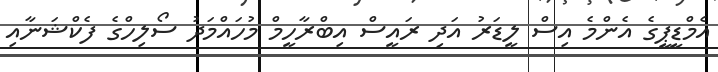
އެމްޑީޕީގެ އެންމެ އިސް ލީޑަރު އަދި ރައީސް އިބްރާހީމް މުހައްމަދު ސޯލިހްގެ ފެކްޝަނާއި